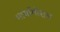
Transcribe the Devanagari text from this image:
भार्यागीराम